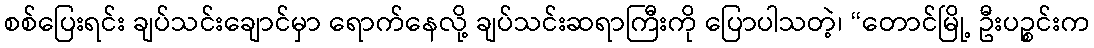
စစ်ပြေးရင်း ချပ်သင်းချောင်မှာ ရောက်နေလို့ ချပ်သင်းဆရာကြီးကို ပြောပါသတဲ့၊ “တောင်မြို့ ဦးပဉ္စင်းက